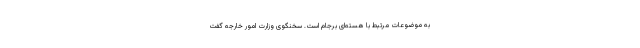
به موضوعات مرتبط با هسته‌ای برجام است. سخنگوی وزارت امور خارجه گفت